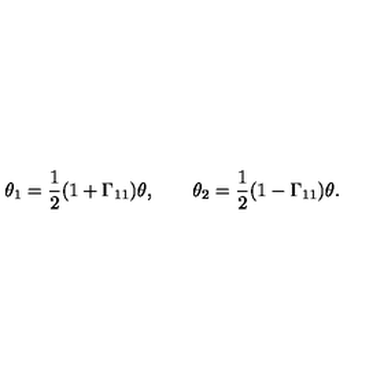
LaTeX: \theta _ { 1 } = { \frac { 1 } { 2 } } ( 1 + \Gamma _ { 1 1 } ) \theta , \qquad \theta _ { 2 } = { \frac { 1 } { 2 } } ( 1 - \Gamma _ { 1 1 } ) \theta .